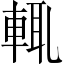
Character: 輒